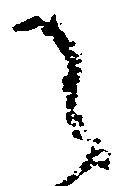
之